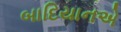
બાદિયાનએ